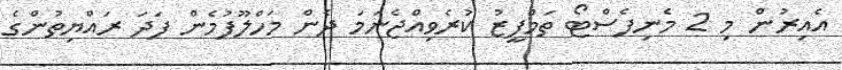
އެއިރުން މި 2 މެނިފެސްޓޯ ތަމްފީޒު ކުރެވިއްޖެނަމަ ދެން މަހްލޫފުމެން ފަދަ ރައްޔިތުންގެ